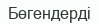
Бөгендерді